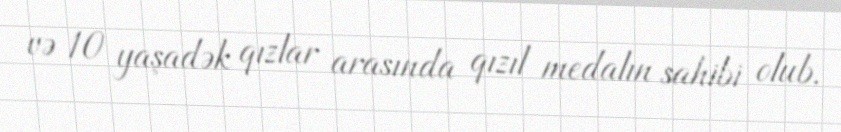
və 10 yaşadək qızlar arasında qızıl medalın sahibi olub.